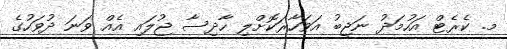
މ. ކެރެޓް އަހުމަދު ނަޖީބު އަވަހާރަކޮށްލި ހާދިސާ ޖުލައި އެއް ވަނަ ދުވަހުގެ